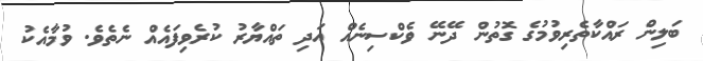
ބަލިން ރައްކާތެރިވުމުގެ ގޮތުން ދޭނޭ ވެކްސިނެއް އަދި ތައްޔާރު ކުރެވިފައެއް ނެތެވެ. ވުމާއެކު